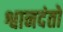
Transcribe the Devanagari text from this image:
श्वानदंतों